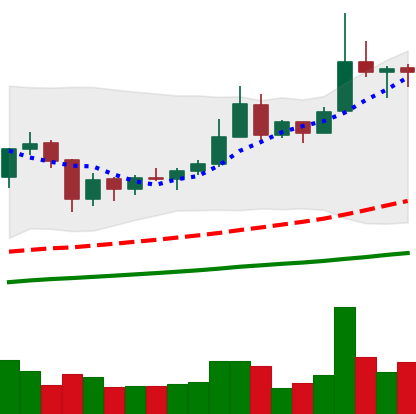
Ticker: XRP-USD
Chart end date: 2019-06-25
Forward return: -15.338%
Label: down_7plus